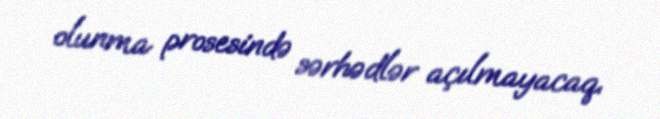
olunma prosesində sərhədlər açılmayacaq.